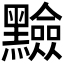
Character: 𪒫